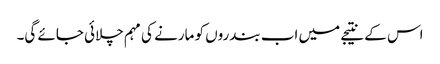
اس کے نتیجے میں اب بندروں کو مارنے کی مہم چلائی جائے گی۔